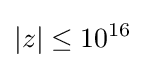
|z|\leq 10^{16}